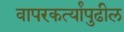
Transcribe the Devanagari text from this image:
वापरकर्त्यांपुढील